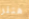
هتلر